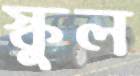
স্কুল